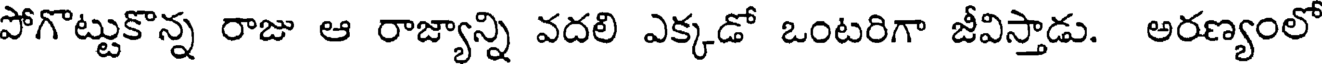
పోగొట్టుకొన్న రాజు ఆ రాజ్యాన్ని వదలి ఎక్కడో ఒంటరిగా జీవిస్తాడు. అరణ్యంలో